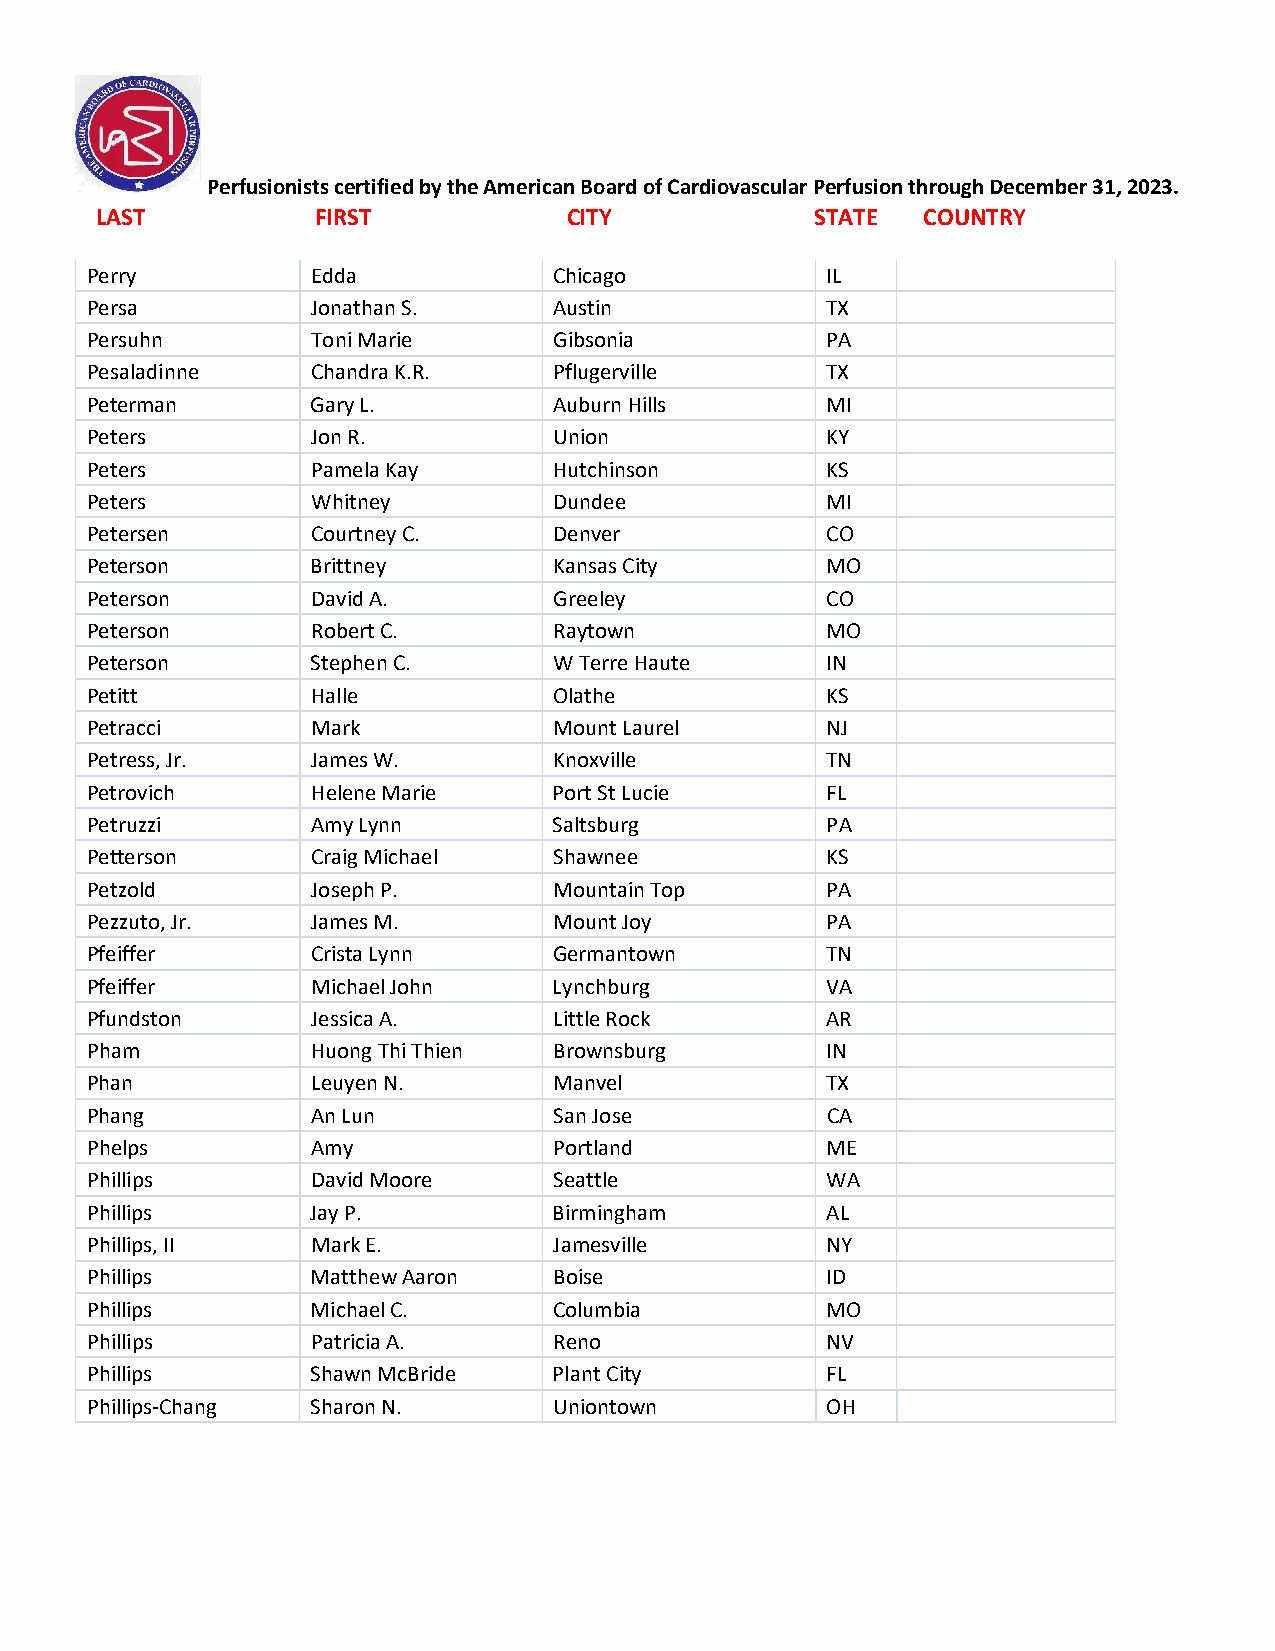
Perfusionists certified by the American Board of Cardiovascular Perfusion through December 31, 2023.
 LAST           FIRST            CITY            STATE  COUNTRY
 Perry          Edda            Chicago           IL
 Persa          Jonathan S.     Austin            TX
 Persuhn        Toni Marie      Gibsonia          PA
 Pesaladinne    Chandra K.R.    Pflugerville      TX
 Peterman       Gary L.         Auburn Hills      MI
 Peters         Jon R.          Union             KY
 Peters         Pamela Kay      Hutchinson        KS
 Peters         Whitney         Dundee            MI
 Petersen       Courtney C.     Denver            CO
 Peterson       Brittney        Kansas City       MO
 Peterson       David A.        Greeley           CO
 Peterson       Robert C.       Raytown           MO
 Peterson       Stephen C.      W Terre Haute     IN
 Petitt         Halle           Olathe            KS
 Petracci       Mark            Mount Laurel      NJ
 Petress, Jr.   James W.        Knoxville         TN
 Petrovich      Helene Marie    Port St Lucie     FL
 Petruzzi       Amy Lynn        Saltsburg         PA
 Petterson      Craig Michael   Shawnee           KS
 Petzold        Joseph P.       Mountain Top      PA
 Pezzuto, Jr.   James M.        Mount Joy         PA
 Pfeiffer       Crista Lynn     Germantown        TN
 Pfeiffer       Michael John    Lynchburg         VA
 Pfundston      Jessica A.      Little Rock       AR
 Pham           Huong Thi Thien Brownsburg        IN
 Phan           Leuyen N.       Manvel            TX
 Phang          An Lun          San Jose          CA
 Phelps         Amy             Portland          ME
 Phillips       David Moore     Seattle           WA
 Phillips       Jay P.          Birmingham        AL
 Phillips, II   Mark E.         Jamesville        NY
 Phillips       Matthew Aaron   Boise             ID
 Phillips       Michael C.      Columbia          MO
 Phillips       Patricia A.     Reno              NV
 Phillips       Shawn McBride   Plant City        FL
 Phillips-Chang Sharon N.       Uniontown         OH